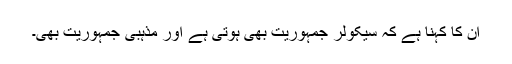
ان کا کہنا ہے کہ سیکولر جمہوریت بھی ہوتی ہے اور مذہبی جمہوریت بھی۔